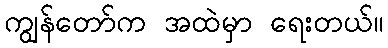
ကျွန်တော်က အထဲမှာ ရေးတယ်။